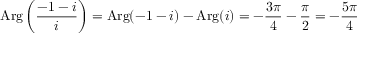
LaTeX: \operatorname { A r g } { \biggl ( } { \frac { - 1 - i } { i } } { \biggr ) } = \operatorname { A r g } ( - 1 - i ) - \operatorname { A r g } ( i ) = - { \frac { 3 \pi } { 4 } } - { \frac { \pi } { 2 } } = - { \frac { 5 \pi } { 4 } }